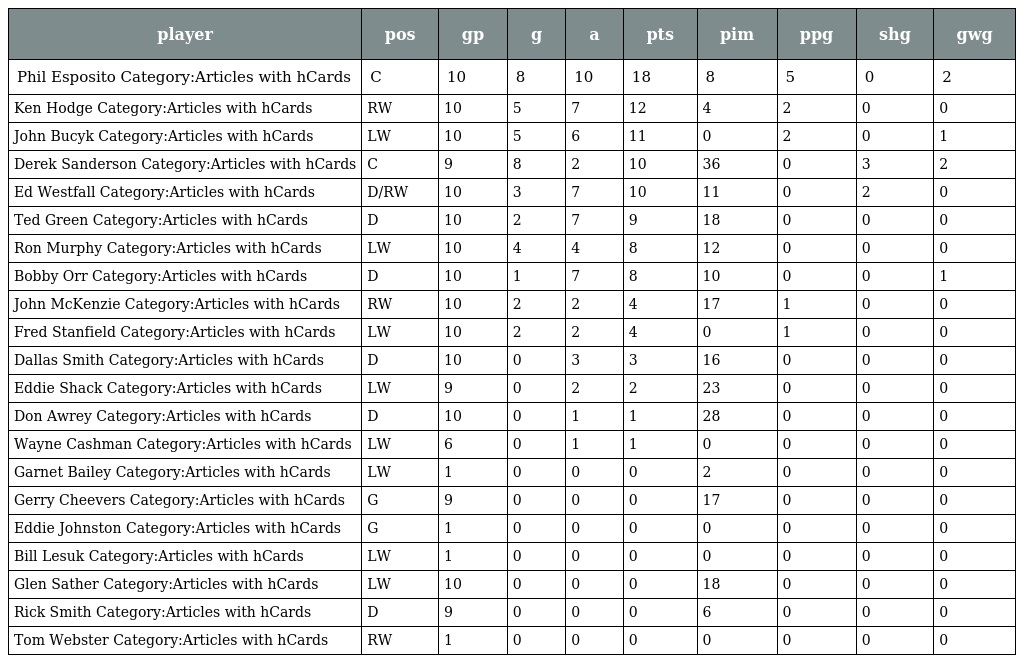
| player | pos | gp | g | a | pts | pim | ppg | shg | gwg |
 | --- | --- | --- | --- | --- | --- | --- | --- | --- | --- |
 | Phil Esposito Category:Articles with hCards | C | 10 | 8 | 10 | 18 | 8 | 5 | 0 | 2 |
 | Ken Hodge Category:Articles with hCards | RW | 10 | 5 | 7 | 12 | 4 | 2 | 0 | 0 |
 | John Bucyk Category:Articles with hCards | LW | 10 | 5 | 6 | 11 | 0 | 2 | 0 | 1 |
 | Derek Sanderson Category:Articles with hCards | C | 9 | 8 | 2 | 10 | 36 | 0 | 3 | 2 |
 | Ed Westfall Category:Articles with hCards | D/RW | 10 | 3 | 7 | 10 | 11 | 0 | 2 | 0 |
 | Ted Green Category:Articles with hCards | D | 10 | 2 | 7 | 9 | 18 | 0 | 0 | 0 |
 | Ron Murphy Category:Articles with hCards | LW | 10 | 4 | 4 | 8 | 12 | 0 | 0 | 0 |
 | Bobby Orr Category:Articles with hCards | D | 10 | 1 | 7 | 8 | 10 | 0 | 0 | 1 |
 | John McKenzie Category:Articles with hCards | RW | 10 | 2 | 2 | 4 | 17 | 1 | 0 | 0 |
 | Fred Stanfield Category:Articles with hCards | LW | 10 | 2 | 2 | 4 | 0 | 1 | 0 | 0 |
 | Dallas Smith Category:Articles with hCards | D | 10 | 0 | 3 | 3 | 16 | 0 | 0 | 0 |
 | Eddie Shack Category:Articles with hCards | LW | 9 | 0 | 2 | 2 | 23 | 0 | 0 | 0 |
 | Don Awrey Category:Articles with hCards | D | 10 | 0 | 1 | 1 | 28 | 0 | 0 | 0 |
 | Wayne Cashman Category:Articles with hCards | LW | 6 | 0 | 1 | 1 | 0 | 0 | 0 | 0 |
 | Garnet Bailey Category:Articles with hCards | LW | 1 | 0 | 0 | 0 | 2 | 0 | 0 | 0 |
 | Gerry Cheevers Category:Articles with hCards | G | 9 | 0 | 0 | 0 | 17 | 0 | 0 | 0 |
 | Eddie Johnston Category:Articles with hCards | G | 1 | 0 | 0 | 0 | 0 | 0 | 0 | 0 |
 | Bill Lesuk Category:Articles with hCards | LW | 1 | 0 | 0 | 0 | 0 | 0 | 0 | 0 |
 | Glen Sather Category:Articles with hCards | LW | 10 | 0 | 0 | 0 | 18 | 0 | 0 | 0 |
 | Rick Smith Category:Articles with hCards | D | 9 | 0 | 0 | 0 | 6 | 0 | 0 | 0 |
 | Tom Webster Category:Articles with hCards | RW | 1 | 0 | 0 | 0 | 0 | 0 | 0 | 0 |